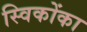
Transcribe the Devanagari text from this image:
स्विकोंका